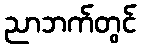
ညာဘက်တွင်